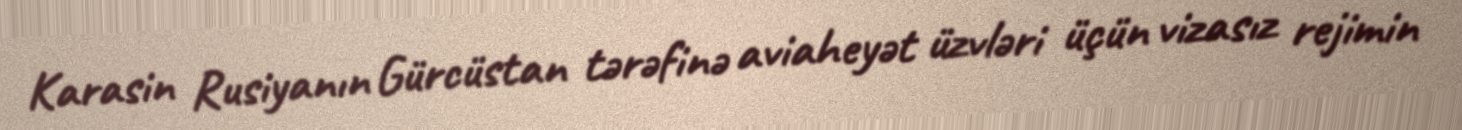
Karasin Rusiyanın Gürcüstan tərəfinə aviaheyət üzvləri üçün vizasız rejimin